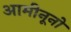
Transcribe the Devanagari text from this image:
आमीनूनो